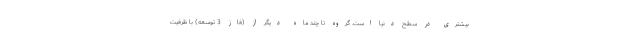
بیشتری در سطح دنیا است. گروه تا چند ماه دیگر از (فاز 3 توسعه) با ظرفیت